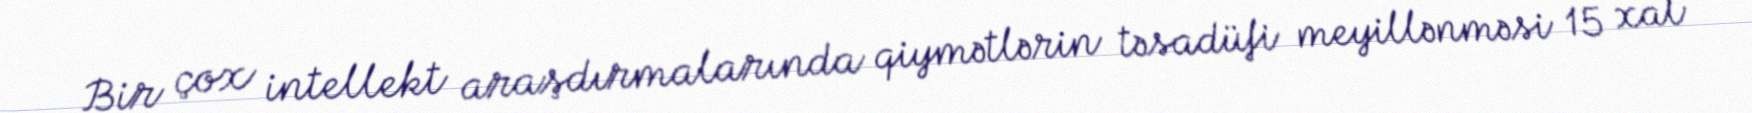
Bir çox intellekt araşdırmalarında qiymətlərin təsadüfi meyillənməsi 15 xal